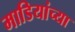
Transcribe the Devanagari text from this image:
माडियांच्या